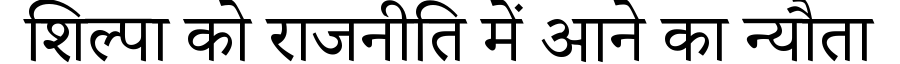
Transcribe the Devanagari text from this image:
शिल्पा को राजनीति में आने का न्यौता